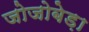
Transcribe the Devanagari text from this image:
जोजोबेड़ा